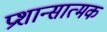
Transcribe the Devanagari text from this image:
प्रशान्सात्मक